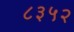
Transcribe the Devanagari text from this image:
८३५२